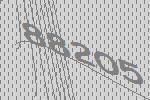
88205